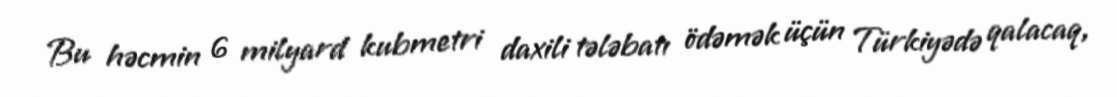
Bu həcmin 6 milyard kubmetri daxili tələbatı ödəmək üçün Türkiyədə qalacaq,